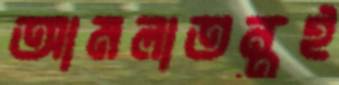
আমলাতন্ত্রই